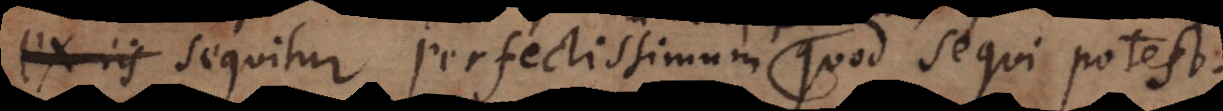
eorum sequitur perfectissimum quod sequi potest.